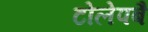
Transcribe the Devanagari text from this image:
टोलेपबै